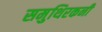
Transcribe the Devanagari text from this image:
समुथिरकनी